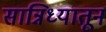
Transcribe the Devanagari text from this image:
सान्निध्यातून